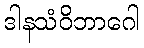
ဒါနသံဝိဘာဂေါ